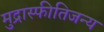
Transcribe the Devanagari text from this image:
मुद्रास्फीतिजन्य